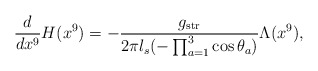
\begin{align*}\frac{d}{dx^9}H(x^9)=-\frac{g_{\rm str}}{2\pi l_s(-\prod_{a=1}^3\cos\theta_a)}\Lambda(x^9),\end{align*}